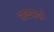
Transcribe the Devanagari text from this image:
ताळमद्दले